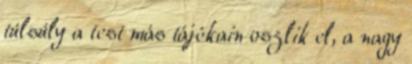
túlsúly a test más tájékain oszlik el, a nagy